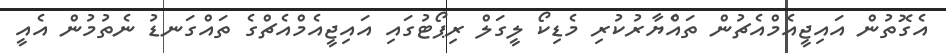
އެގޮތުން އައިޖީއެމްއެޗުން ތައެްޔާރުކުރި މެޑިކޯ ލީގަލް ރިޕޯޓުގައި އައިޖީއެމްއެޗްގެ ތައްގަނޑު ނެތުމުން އެއީ